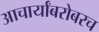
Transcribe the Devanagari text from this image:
आचार्यांबरोबरच